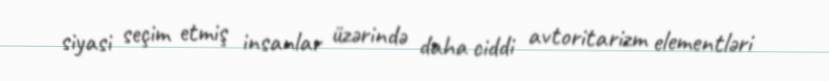
siyasi seçim etmiş insanlar üzərində daha ciddi avtoritarizm elementləri